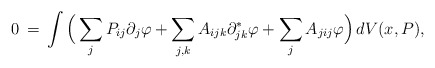
\begin{align*}0\,=\, \int \Big(\sum_jP_{ij} \partial_j\varphi + \sum_{j,k}A_{ijk} \partial^*_{jk}\varphi + \sum_jA_{jij}\varphi\Big)\,dV(x,P),\end{align*}